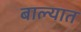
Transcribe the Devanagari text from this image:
बाल्यात